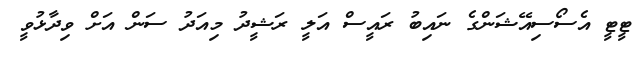
ޓީޓީ އެސޯސިއޭޝަންގެ ނައިބު ރައީސް އަލީ ރަޝީދު މިއަދު ސަން އަށް ވިދާޅުވީ